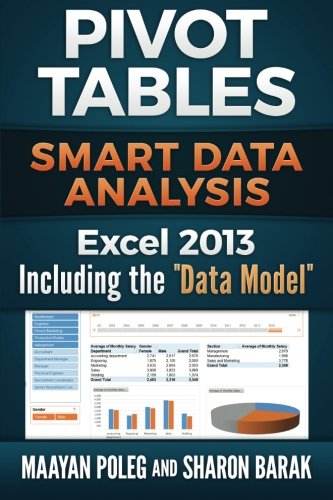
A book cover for Excel 2013 Pivot Tables: Including the "Data Model": Smart Data Analysis (In Everyday Language) (Volume 2); Maayan Poleg; Computers & Technology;